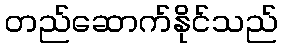
တည်ဆောက်နိုင်သည်